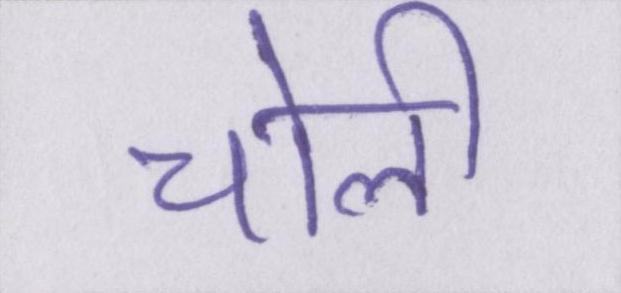
चोली